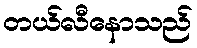
တယ်လီနောသည်